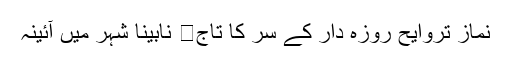
نماز تروایح روزہ دار کے سر کا تاج	 نابینا شہر میں آئینہ